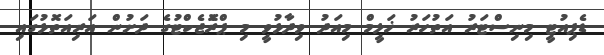
ޑެޕިއުޓީ މިނިސްޓަރު އަތުހަރު ޚަލީމް މިއަދު ވިދާޅުވީ މި ޕްރޮެޖެކްޓުގެ ދަށުން އަރިއަތޮޅުގައި